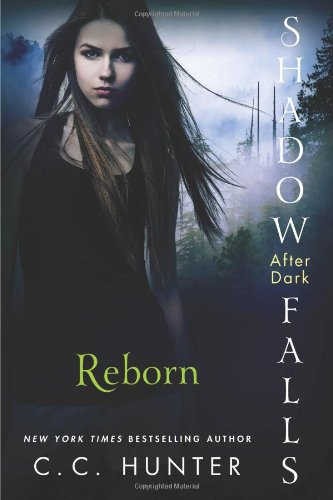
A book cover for Reborn (Shadow Falls: After Dark); C. C. Hunter; Teen & Young Adult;